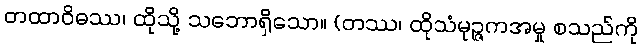
တထာဝိဓဿ၊ ထိုသို့ သဘောရှိသော။ (တဿ၊ ထိုသံမုဉ္ဇကအမှု စသည်ကို